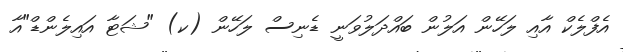
އެފްލެކް އާއި ލަހޭން އަލުން ބައްދަލުވަނީ ޑެނިސް ލަހޭން (ކ) "ޝަޓާ އައިލެންޑް"އާ